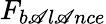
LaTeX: F_{b\mathscr{A}l\mathscr{A}nce}